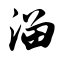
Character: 溜